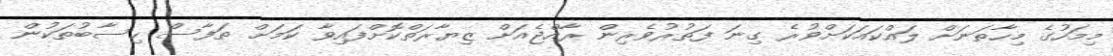
މިމަހުގެ މިހާތަނަށް ލައްކައަކަށްވުރެ ގިނަ ފަތުރުވެރިން ރާއްޖެއަށް ޒިޔާރަތްކޮށްފައިވާ ކަމަށް ތަފާސް ހިސާބުތަކުން